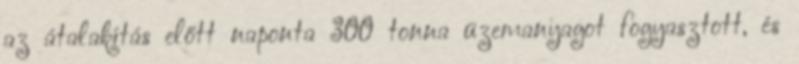
az átalakítás előtt naponta 300 tonna üzemanyagot fogyasztott, és